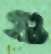
গু